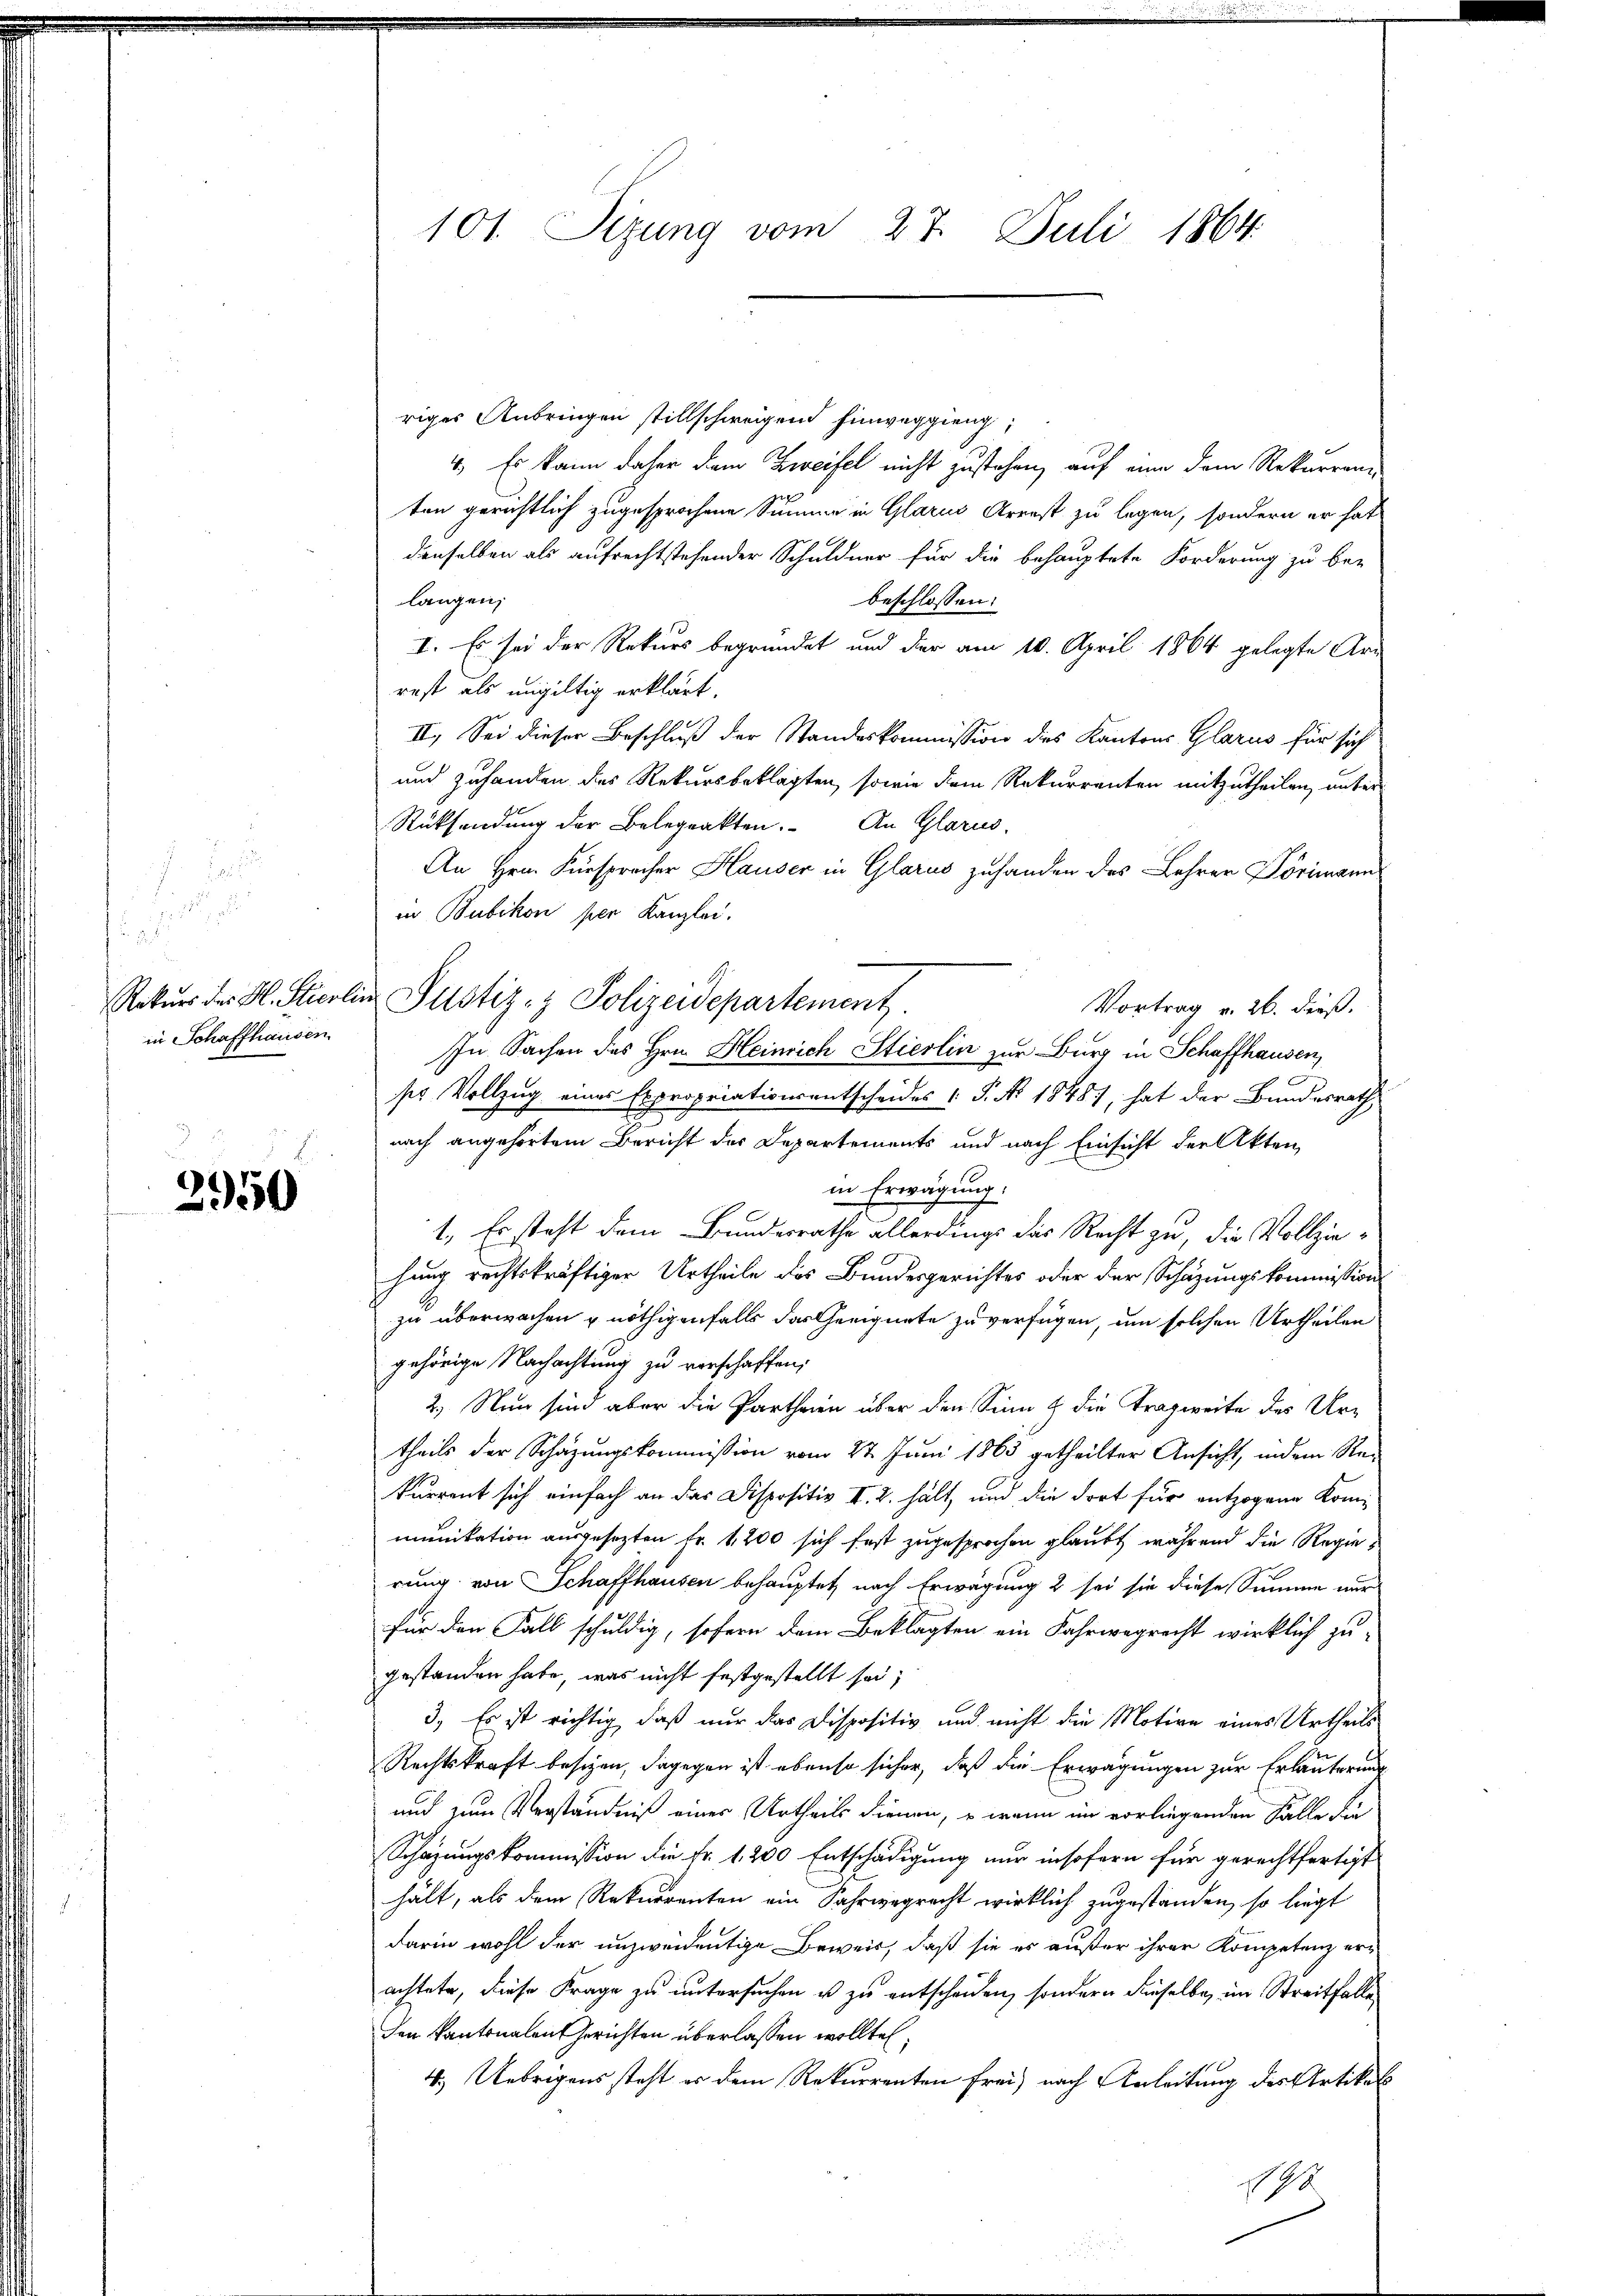
.
d

 . . 5
Rekurs des Hl. Stierle
in Schaffhausen.

2950

101. Sizung vom 27. Juli 1864.

riges Anbringen stillschweigend Einweggieng,
4.) Es kann daher dem Zweifel nicht zustehen, auf eine dem Rekurrenz-
ten gerichtlich zugesprochene Summe in Glarus Arrest zu legen, sondern er hat
denselben als aufrechtstehender Schuldner für die behauptete Forderung zu be-
langen,
beschlossen:
I. Es sei der Rekurs begründet und der am 10. April 1864 gelegte Uri-
rest als ungültig erklärt.
II. Sei dieser Beschluß der Standeskommission dies Kantons Glarus für sich
und zuhanden des Rekursbeklagten, sowie dem Rekurrenten mitzutheilen, unter
Rücksendung der Belegrakten. An Glarus,
An Hrn. Fürsprecher Hauser in Glarus zuhanden das Lehrer Pörimann
in Bubikon per Kanzlei.
 Justiz- & Polizeidepartement.
Vortrag v. 26. dieß.
In Sachen des Hrn. Heinrich Stierlin zur Burg in Schaffhausen,
Epropriationsentscheides 1 S. No. 1848), hat der Bundesrath
ses Vollzug eines Er
nach angehörtem Bericht des Departements und nach Einsicht der Akten,
in Erwägung.
1. Es steht dem Bundesrathe allerdings das Recht zu, die Vollziehung rechtskräftiger Urtheile des Bundesgerichtes oder der Schäzungskommission
zu überwachen u nöthigenfalls das Geeignete zu verfügen, um solchen Urtheilen
gehörige Nachachtung zu verschaffen;
2. Nun sind aber die Parthein über den Sinn & die Tragweite des Urtheils der Schazungskommission vom 27. Juni 1863 getheilter Ansicht, indem Re-
kurrent sich einfach an das Dispositiv II. 2. hält, und die dort für entzogene Kommunikation ausgesezten Fr. 1200 sich fast zugesprochen glaubt, während die Regierung von Schaffhausen behauptet, nach Erwägung 2 sei sie diese Summe nur
für den Fall schuldig, sofern dem Beklagten ein Fahrwegrecht wirklich zu
gestanden habe, was nicht festgestellt sei,
3. Es ist richtig, daß nur das Dispositiv und nicht die Motive eines Urtheils
Rechtskraft besizen, dagegen ist ebenso sicher, daß die Erwägungen zur Erläuterung
und zum Verständniß eines Urtheils dienen, – wenn im vorliegenden Fälle die
Schazungskommission die Fr. 1. 200 Entschädigung nur insofern für gerechtfertigt
hält, als dem Rekurrenten ein Fahrwegrecht wirklich zugestanden, so liegt
darin wohl der unzweideutige Beweis, daß sie es außer ihrer Kompetenz erachtete, diese Frage zu untersuchen ist zu entscheiden, sondern dieselbe, im Streitfalle
den Kantonalen Gerichten überlassen wollte,
4.) Uebrigens steht es dem Rekurrenten frei, nach Anleitung des Artikel
98